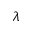
\lambda